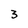
Character: 3